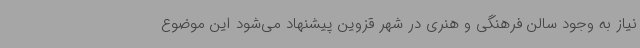
نیاز به وجود سالن فرهنگی و هنری در شهر قزوین پیشنهاد می‌شود این موضوع